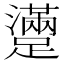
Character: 𨆻